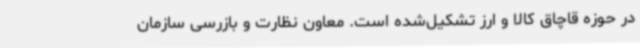
در حوزه قاچاق کالا و ارز تشکیل‌شده است. معاون نظارت و بازرسی سازمان